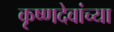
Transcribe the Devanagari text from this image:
कृष्णदेवांच्या